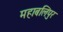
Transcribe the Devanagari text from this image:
महाबलिपुर